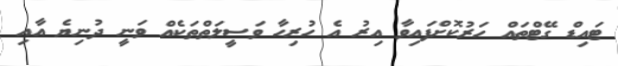
ޓައިޑް ގޭޓްތައް ހަރުކޮށްފައިވާ އިރު އެ ހުރިހާ ވަސީލަތްތަކެއް ވަނީ ދުނިޔެ އާއި